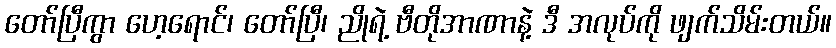
တော်ပြီကွာ ဟေ့ရောင်၊ တော်ပြီ၊ ညိုရဲ့ ဗီတိုအာဏာနဲ့ ဒီ အလုပ်ကို ဖျက်သိမ်းတယ်။